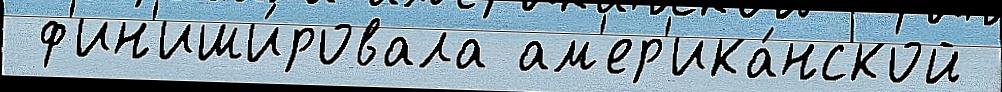
 ф'ин'иши́ровала ам'ер'ика́нской